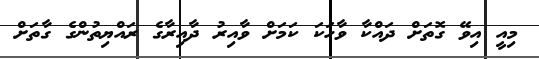
މިއީ އިވޭ ގޮތަށް ދައްކާ ވާހަކަ ކަމަށް ވާއިރު ދާއިރާގެ ރައްޔިތުންގެ ގާތަށް